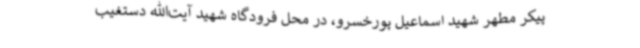
پیکر مطهر شهید اسماعیل پورخسرو، در محل فرودگاه شهید آیت‌الله دستغیب